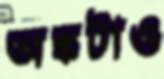
অঙ্কটাও